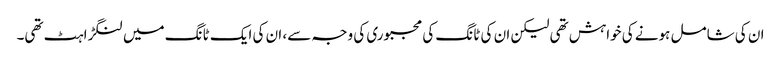
ان کی شامل ہونے کی خواہش تھی لیکن ان کی ٹانگ کی مجبوری کی وجہ سے، ان کی ایک ٹانگ میں لنگڑاہٹ تھی۔